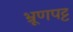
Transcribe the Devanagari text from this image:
भ्रूणपट्ट